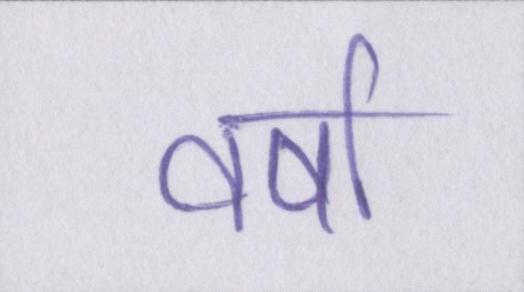
वर्षा